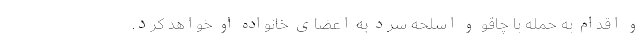
و اقدام به حمله با چاقو و اسلحه سرد به اعضای خانواده او خواهد کرد.